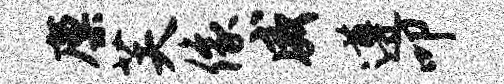
廪芙像威遵叩